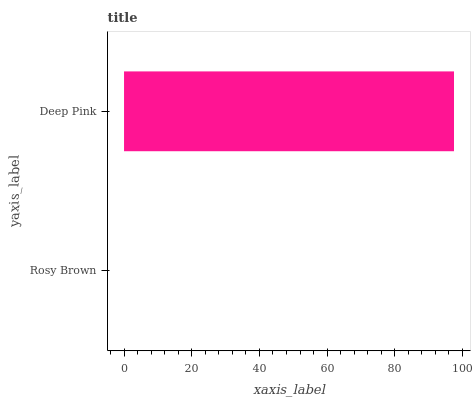
| yaxis_label | bars |
 | --- | --- |
 | Rosy Brown | 0 |
 | Deep Pink | 97.5 |